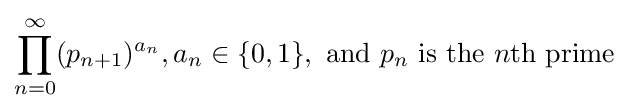
\prod _{n=0}^{\infty }(p_{n+1})^{a_{n}},a_{n}\in \lbrace 0,1\rbrace ,{\text{ and }}p_{n}{\text{ is the }}n{\text{th prime}}